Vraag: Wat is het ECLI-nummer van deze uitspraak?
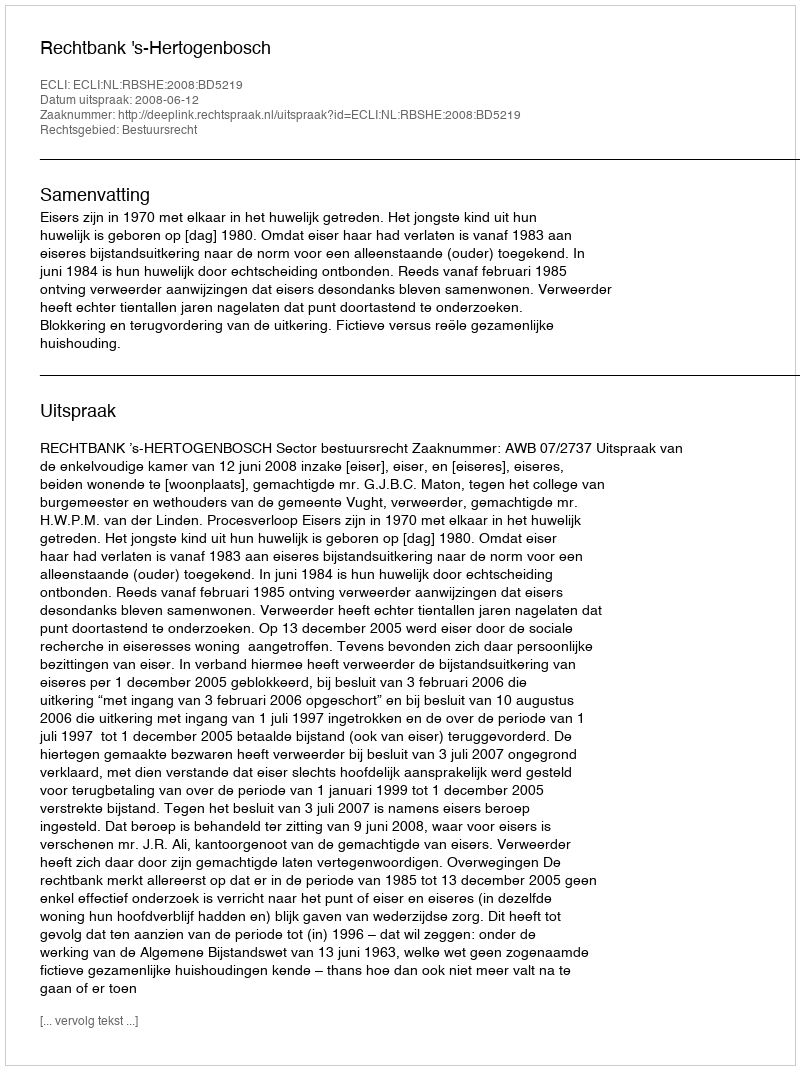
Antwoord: ECLI:NL:RBSHE:2008:BD5219